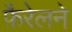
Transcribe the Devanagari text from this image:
फ़ैरेलने